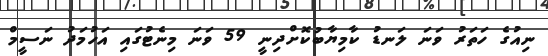
ނިއުގެ ހަތަރު ވަނަ ލަނޑު ކާމިޔާބުކޮށްދިނީ 59 ވަނަ މިނެޓުގައި އަހުމަދު ނަސީމް